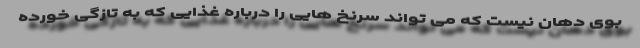
بوی دهان نیست که می تواند سرنخ هایی را درباره غذایی که به تازگی خورده